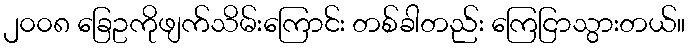
၂၀၀၈ ခြေဥကိုဖျက်သိမ်းကြောင်း တစ်ခါတည်း ကြေငြာသွားတယ်။